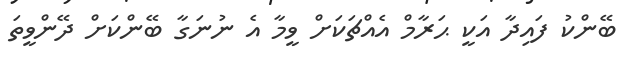
ބޭންކު ފައިދާ އަކީ ޙަރާމް އެއްޗަކަށް ވީމާ އެ ނުނަގާ ބޭންކަށް ދޭންވީތަ